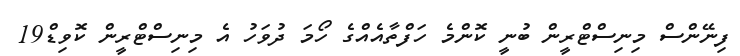
ފިނޭންސް މިނިސްޓްރީން ބުނީ ކޮންމެ ހަފްތާއެއްގެ ހޯމަ ދުވަހު އެ މިނިސްޓްރީން ކޮވިޑް19